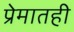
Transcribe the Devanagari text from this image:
प्रेमातही